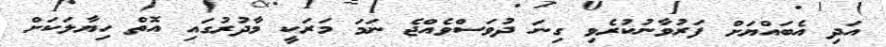
އަދި އެބައްޔަށް ފަރުވާނުކުރެވި ގިނަ ދުވަސްވެއްޖެ ނަމަ މަރަކީ މާދުރުގައި އޮތް ހިޔާލަކަށް